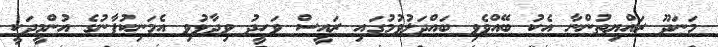
މަނަދޫ ރައްޔިތުންނާ އެކު ބޭއްވެވި ބައްދަލުވުމުގައި ރައީސް ވަހީދު ވިދާޅުވި އެމަނިކުފާނުގެ އުންމީދަކީ